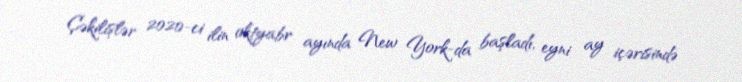
Çəkilişlər 2020-ci ilin oktyabr ayında New York-da başladı, eyni ay içərisində